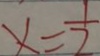
x = \frac { 1 } { 2 }